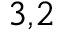
^ { 3 , 2 }